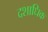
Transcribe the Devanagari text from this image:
दशाधिक